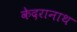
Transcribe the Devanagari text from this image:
केदरानाथ